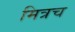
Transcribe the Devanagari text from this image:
मित्रच